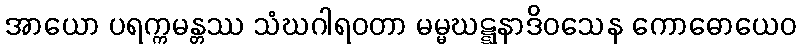
အာယော ပရက္ကမန္တဿ သံဃဂါရဝတာ မမ္မဃဋ္ဋနာဒိဝသေန ကောဓောယေဝ